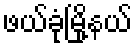
ဖယ်ခုံမြို့နယ်